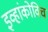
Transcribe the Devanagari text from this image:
इव्हांकोविच